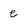
Character: e